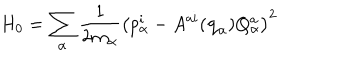
H _ { 0 } = \sum _ { \alpha } { \frac { 1 } { 2 m _ { \alpha } } } \left( p _ { \alpha } ^ { i } - A ^ { a i } ( { \bf q } _ { \alpha } ) Q _ { \alpha } ^ { a } \right) ^ { 2 }